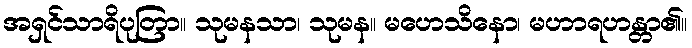
အရှင်သာရိပုတြာ။ သုမနသာ၊ သုမန။ မဟေသိနော၊ မဟာရဟန္တာ၏။